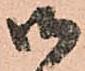
御